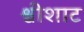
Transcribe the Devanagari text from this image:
श्वीशाट